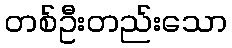
တစ်ဦးတည်းသော